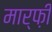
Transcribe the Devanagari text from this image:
मार्फ़ी